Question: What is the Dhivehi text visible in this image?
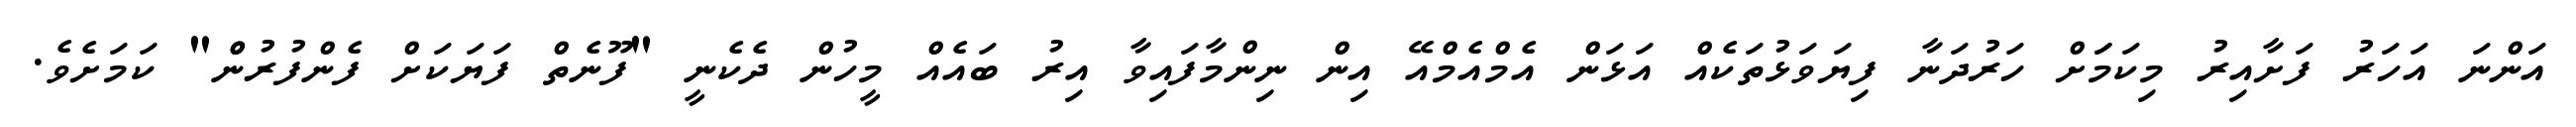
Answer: އަންނަ އަހަރު ފަށާއިރު މިކަމަަށް ހަރުދަނާ ފިޔަވަޅުތަކެއް އަޅަން އެމްއެމްއޭ އިން ނިންމާފައިވާ އިރު ބައެއް މީހުން ދެކެނީ "ފޫނެތް ފަޔަކަށް ފެންފުރުންް" ކަމަށެވެ.